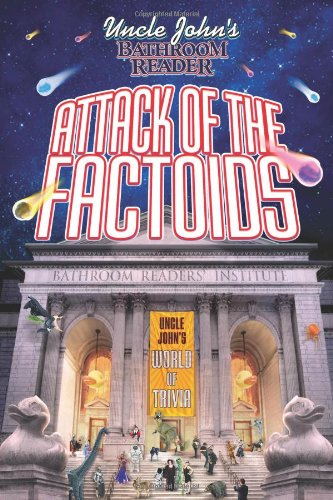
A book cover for Uncle John's Bathroom Reader Attack of the Factoids: Bizarre Bites of Incredible Information; Bathroom Readers' Institute; Humor & Entertainment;